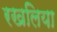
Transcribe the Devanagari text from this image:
रखलिया